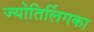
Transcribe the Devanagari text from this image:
ज्योतिर्लिगका